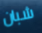
شبان